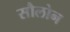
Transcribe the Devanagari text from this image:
सौलोन